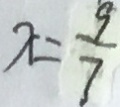
x = \frac { 9 } { 7 }